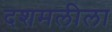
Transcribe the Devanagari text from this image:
दशमलीला